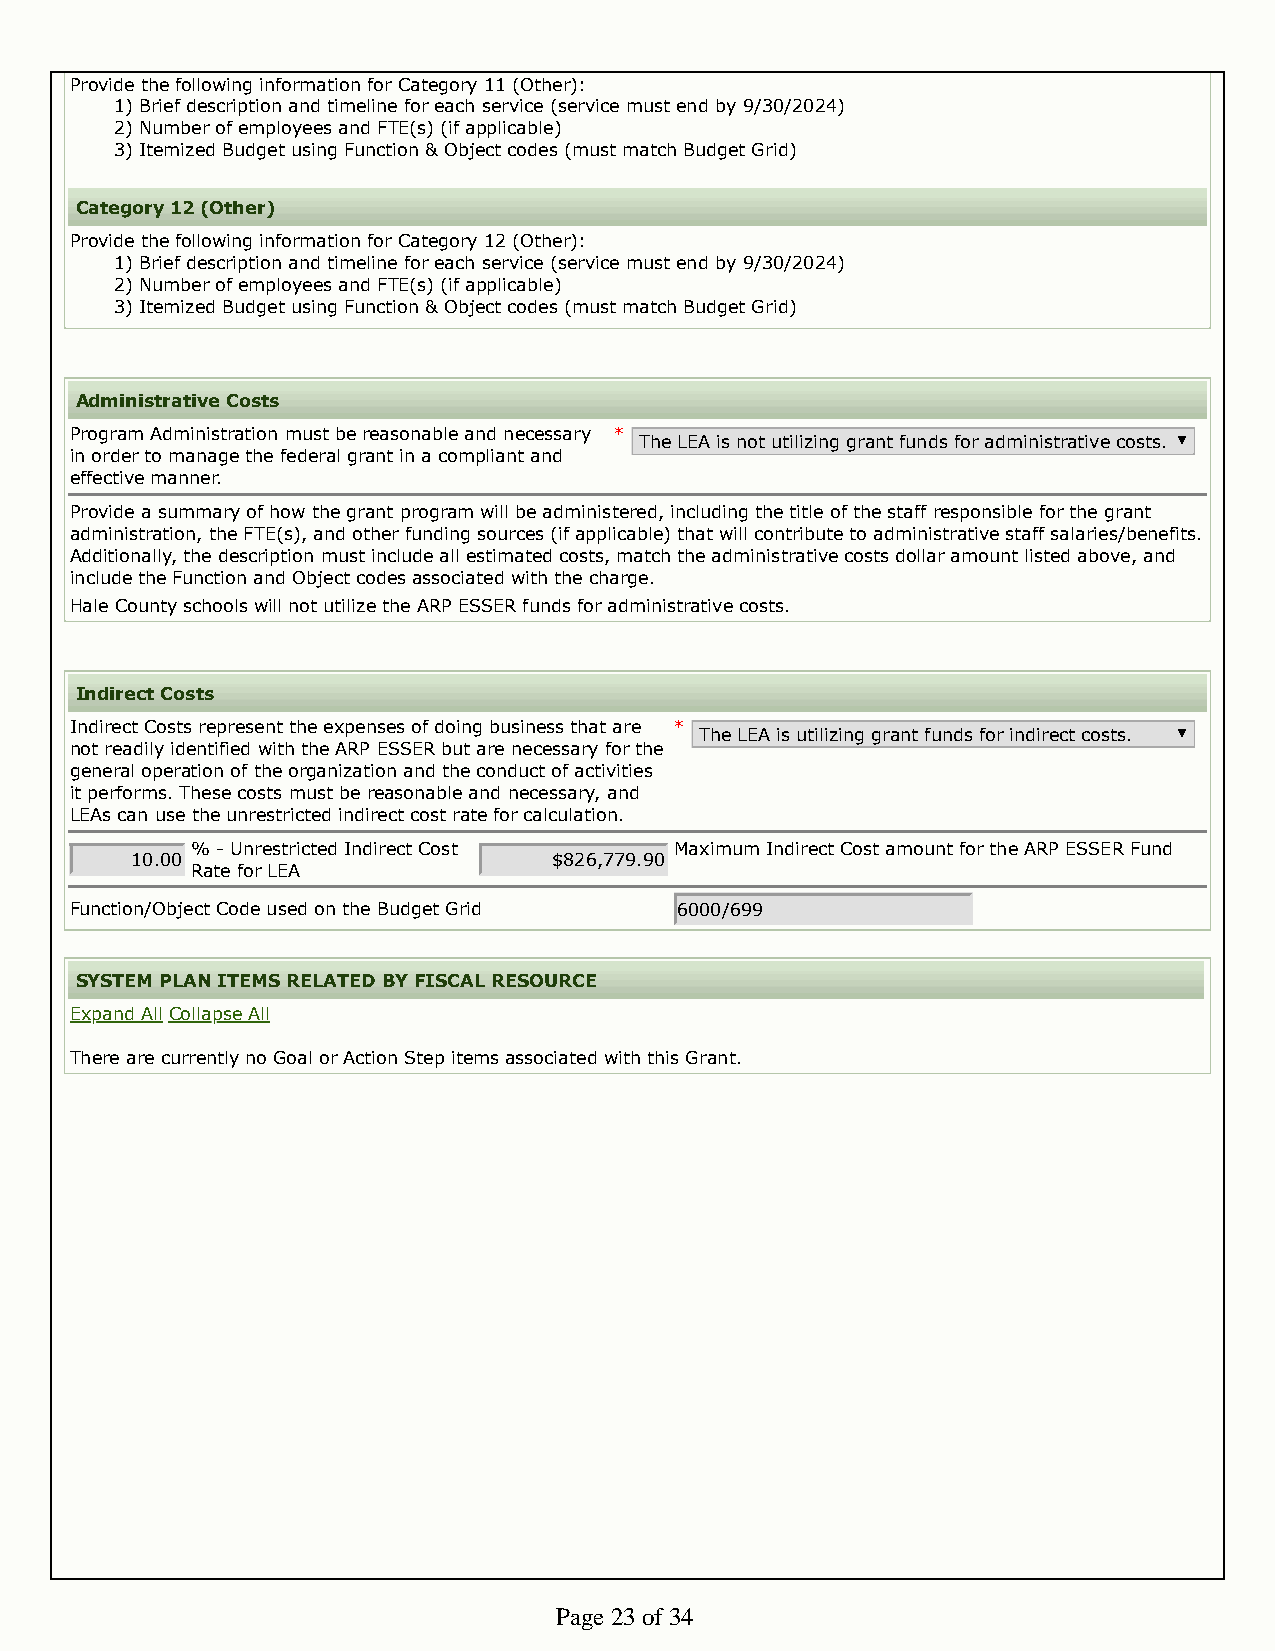
Provide the following information for Category 11 (Other):
 1) Brief description and timeline for each service (service must end by 9/30/2024)
 2) Number of employees and FTE(s) (if applicable)
 3) Itemized Budget using Function & Object codes (must match Budget Grid)
 Category 12 (Other)
 Provide the following information for Category 12 (Other):
 1) Brief description and timeline for each service (service must end by 9/30/2024)
 2) Number of employees and FTE(s) (if applicable)
 3) Itemized Budget using Function & Object codes (must match Budget Grid)
 Administrative Costs
 Program Administration must be reasonable and necessary *
 The LEA is not utilizing grant funds for administrative costs.
 in order to manage the federal grant in a compliant and
 effective manner.
 Provide a summary of how the grant program will be administered, including the title of the staff responsible for the grant
 administration, the FTE(s), and other funding sources (if applicable) that will contribute to administrative staff salaries/benefits.
 Additionally, the description must include all estimated costs, match the administrative costs dollar amount listed above, and
 include the Function and Object codes associated with the charge.
 Hale County schools will not utilize the ARP ESSER funds for administrative costs.
 Indirect Costs
 Indirect Costs represent the expenses of doing business that are *
 The LEA is utilizing grant funds for indirect costs.
 not readily identified with the ARP ESSER but are necessary for the
 general operation of the organization and the conduct of activities
 it performs. These costs must be reasonable and necessary, and
 LEAs can use the unrestricted indirect cost rate for calculation.
 % - Unrestricted Indirect Cost  Maximum Indirect Cost amount for the ARP ESSER Fund
 10.00                       $826,779.90
 Rate for LEA
 Function/Object Code used on the Budget Grid 6000/699
 SYSTEM PLAN ITEMS RELATED BY FISCAL RESOURCE
 Expand All Collapse All
 There are currently no Goal or Action Step items associated with this Grant.
 Page 23 of 34